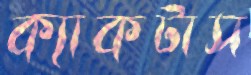
ক্যাকটাস